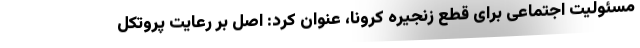
مسئولیت اجتماعی برای قطع زنجیره کرونا، عنوان کرد: اصل بر رعایت پروتکل